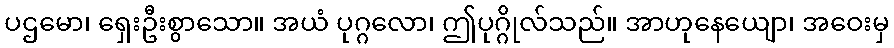
ပဌမော၊ ရှေးဦးစွာသော။ အယံ ပုဂ္ဂလော၊ ဤပုဂ္ဂိုလ်သည်။ အာဟုနေယျော၊ အဝေးမှ